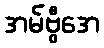
အမ်ဗွီအေ